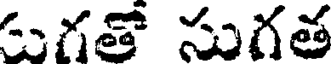
గతో సుగత